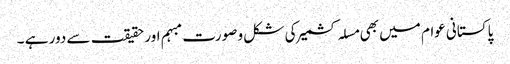
پاکستانی عوام میں بھی مسلہ کشمیر کی شکل و صورت مبہم اور حقیقت سے دور ہے ۔